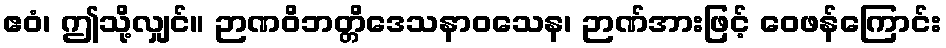
ဧဝံ၊ ဤသို့လျှင်။ ဉာဏဝိဘတ္တိဒေသနာဝသေန၊ ဉာဏ်အားဖြင့် ဝေဖန်ကြောင်း